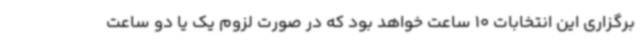
برگزاری این انتخابات 10 ساعت خواهد بود که در صورت لزوم یک یا دو ساعت